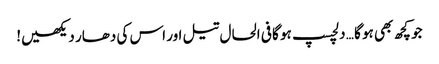
جو کچھ بھی ہو گا … دلچسپ ہو گا فی الحال تیل اور اس کی دھار دیکھیں!